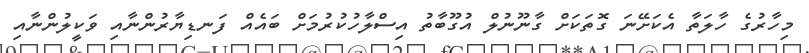
މިހާރުގެ ހާލަތާ އެކަށޭނަ ގޮތަކަށް ގާނޫނުލް އުގޫބާތު އިސްލާހުކުރުމަށް ބައެއް ފަނޑިޔާރުންނާއި ވަކީލުންނާއި